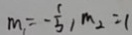
m _ { 1 } = - \frac { 1 } { 5 } , m _ { 2 } = 1